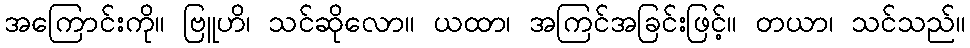
အကြောင်းကို။ ဗြူဟိ၊ သင်ဆိုလော။ ယထာ၊ အကြင်အခြင်းဖြင့်။ တယာ၊ သင်သည်။